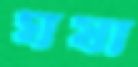
ঘষা